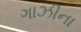
ગાઝીના